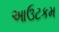
આઉટકમ